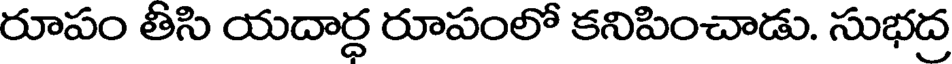
రూపం తీసి యదార్ధ రూపంలో కనిపించాడు. సుభద్ర